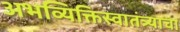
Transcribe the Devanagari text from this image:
अभव्यिक्तिस्वातंत्र्याचा